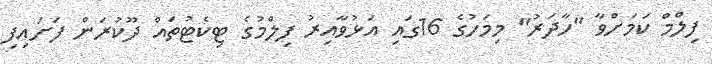
ފިލްމް ކަމަށްވާ "ހާދަރު" މިމަހުގެ 16ގައި އަޅުވާއިރު ފިލްމުގެ ޓިކެޓުތައް ދޫކުރަން ފަށައިފި